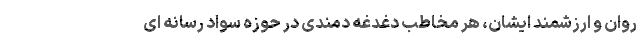
روان و ارزشمند ایشان، هر مخاطبِ دغدغه دمندی در حوزه سواد رسانه ای